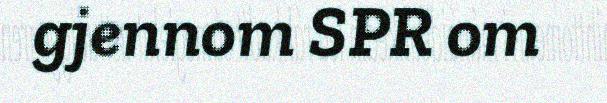
gjennom SPR om